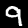
Digit: 9